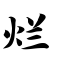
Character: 烂